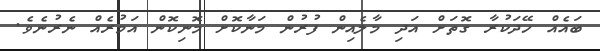
ބައެއް ހޭދަކުރާ ގޮތަށް އަދި މާލެއިން ފުރުން މަނާކޮށް މޮނިކޮން އަމުރެއް ނެރުނެވެ.